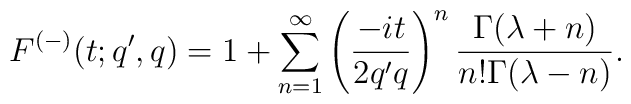
F^{(-)}(t;q',q)= 1+ \sum_{n=1}^{\infty}	     \left( \frac{-it}{2q'q} \right)^n	     \frac{\Gamma(\lambda+n)}{n! \Gamma(\lambda-n)}.